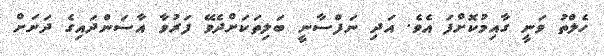
ހެލްތު ވަނީ ގާއިމުކޮށްފަ އެވެ. އަދި ނަފްސާނީ ބަލިތަކަށްދެވޭ ފަރުވާ އާސަންދައިގެ ދަށަށް